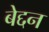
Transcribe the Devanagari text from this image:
बेद्दन